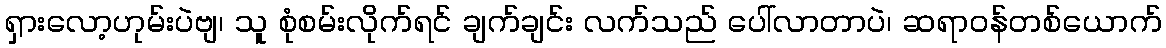
ရှားလော့ဟုမ်းပဲဗျ၊ သူ စုံစမ်းလိုက်ရင် ချက်ချင်း လက်သည် ပေါ်လာတာပဲ၊ ဆရာဝန်တစ်ယောက်